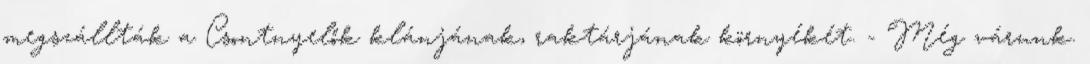
megszállták a Csontnyelők klánjának, raktárjának környékét. - Még várunk.